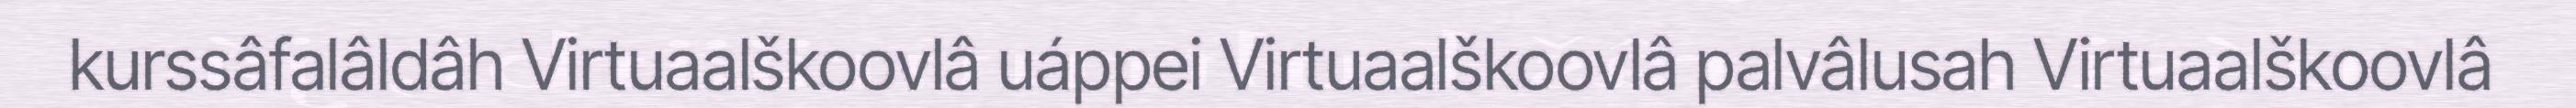
kurssâfalâldâh Virtuaalškoovlâ uáppei Virtuaalškoovlâ palvâlusah Virtuaalškoovlâ